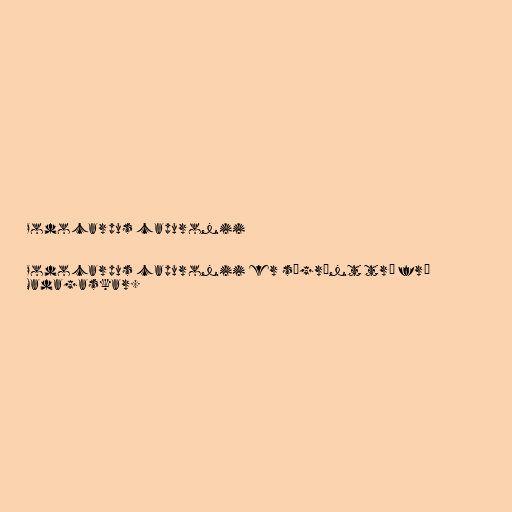
Podocarpus capuronii

Podocarpus capuronii er sígrænt tré frá
Madagaskar.